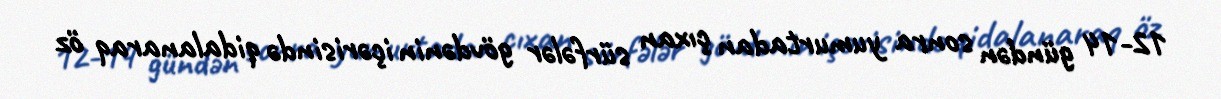
12-14 gündən sonra yumurtadan çıxan sürfələr gövdənin içərisində qidalanaraq öz